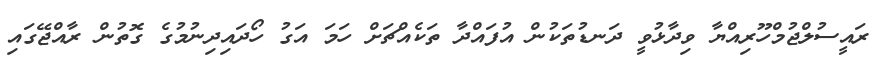
ރައީސުލްޖުމްހޫރިއްޔާ ވިދާޅުވީ ދަނޑުތަކުން އުފައްދާ ތަކެއްޗަށް ހަމަ އަގު ހޯދައިދިނުމުގެ ގޮތުން ރާއްޖޭގައި